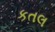
કતલ